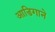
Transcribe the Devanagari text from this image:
आडिगाने